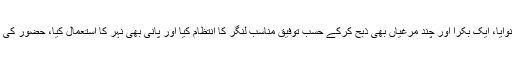
غرض یہ کہ حضور کی آمد پر میں نے گندم کے آٹے کا بھت پکوایا، سرسوں کا ساگ بھی بنوایا، ایک بکرا اور چند مرغیاں بھی ذبح کرکے حسب توفیق مناسب لنگر کا انتظام کیا اور پانی بھی نہر کا استعمال کیا، حضور کی نظر کرم سے کافی لوگ فیضیاب ہوئے، اگلے دن پھر تانگوں پر روانہ ہوکر کنڈیارو پہنچے۔